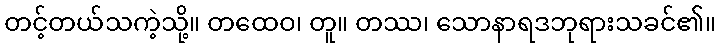
တင့်တယ်သကဲ့သို့။ တထေဝ၊ တူ။ တဿ၊ သောနာရဒဘုရားသခင်၏။